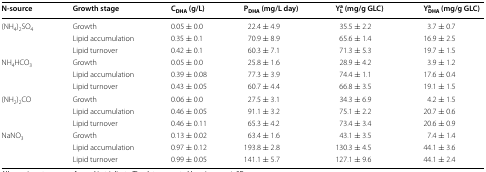
<table><thead><tr><td><b>N-source</b></td><td><b>Growth stage</b></td><td><b>C<sub>DHA</sub> (g/L)</b></td><td><b>P<sub>DHA</sub> (mg/L day)</b></td><td><b>Y<sub>L</sub><sup>a</sup> (mg/g GLC)</b></td><td><b>Y<sub>DHA</sub><sup>a</sup> (mg/g GLC)</b></td></tr></thead><tbody><tr><td rowspan="3">(NH<sub>4</sub>)<sub>2</sub>SO<sub>4</sub></td><td>Growth</td><td>0.05 ± 0.0</td><td>22.4 ± 4.9</td><td>35.5 ± 2.2</td><td>3.7 ± 0.7</td></tr><tr><td>Lipid accumulation</td><td>0.35 ± 0.1</td><td>70.9 ± 8.9</td><td>65.6 ± 1.4</td><td>16.9 ± 2.5</td></tr><tr><td>Lipid turnover</td><td>0.42 ± 0.1</td><td>60.3 ± 7.1</td><td>71.3 ± 5.3</td><td>19.7 ± 1.5</td></tr><tr><td rowspan="3">NH<sub>4</sub>HCO<sub>3</sub></td><td>Growth</td><td>0.05 ± 0.0</td><td>25.8 ± 1.6</td><td>28.9 ± 4.2</td><td>3.9 ± 1.2</td></tr><tr><td>Lipid accumulation</td><td>0.39 ± 0.08</td><td>77.3 ± 3.9</td><td>74.4 ± 1.1</td><td>17.6 ± 0.4</td></tr><tr><td>Lipid turnover</td><td>0.43 ± 0.05</td><td>60.7 ± 4.4</td><td>66.8 ± 3.5</td><td>19.1 ± 1.5</td></tr><tr><td rowspan="3">(NH<sub>2</sub>)<sub>2</sub>CO</td><td>Growth</td><td>0.06 ± 0.0</td><td>27.5 ± 3.1</td><td>34.3 ± 6.9</td><td>4.2 ± 1.5</td></tr><tr><td>Lipid accumulation</td><td>0.46 ± 0.05</td><td>91.1 ± 3.2</td><td>75.1 ± 2.2</td><td>20.7 ± 0.6</td></tr><tr><td>Lipid turnover</td><td>0.46 ± 0.11</td><td>65.3 ± 4.2</td><td>73.4 ± 3.4</td><td>20.6 ± 0.9</td></tr><tr><td rowspan="3">NaNO<sub>3</sub></td><td>Growth</td><td>0.13 ± 0.02</td><td>63.4 ± 1.6</td><td>43.1 ± 3.5</td><td>7.4 ± 1.4</td></tr><tr><td>Lipid accumulation</td><td>0.97 ± 0.12</td><td>193.8 ± 2.8</td><td>130.3 ± 4.5</td><td>44.1 ± 3.6</td></tr><tr><td>Lipid turnover</td><td>0.99 ± 0.05</td><td>141.1 ± 5.7</td><td>127.1 ± 9.6</td><td>44.1 ± 2.4</td></tr></tbody></table>